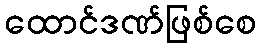
ထောင်ဒဏ်ဖြစ်စေ